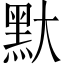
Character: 𪐝